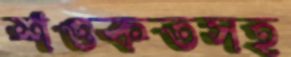
শওকতসহ